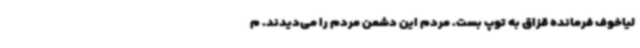
لیاخوف فرمانده قزاق به توپ بست. مردم این دشمن مردم را می‌دیدند. م